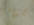
شواطئ